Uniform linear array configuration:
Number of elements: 24
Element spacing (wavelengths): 0.5
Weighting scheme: uniform
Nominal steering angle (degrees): -45
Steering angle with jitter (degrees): -43.132
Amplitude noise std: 0.05
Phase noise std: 0.05

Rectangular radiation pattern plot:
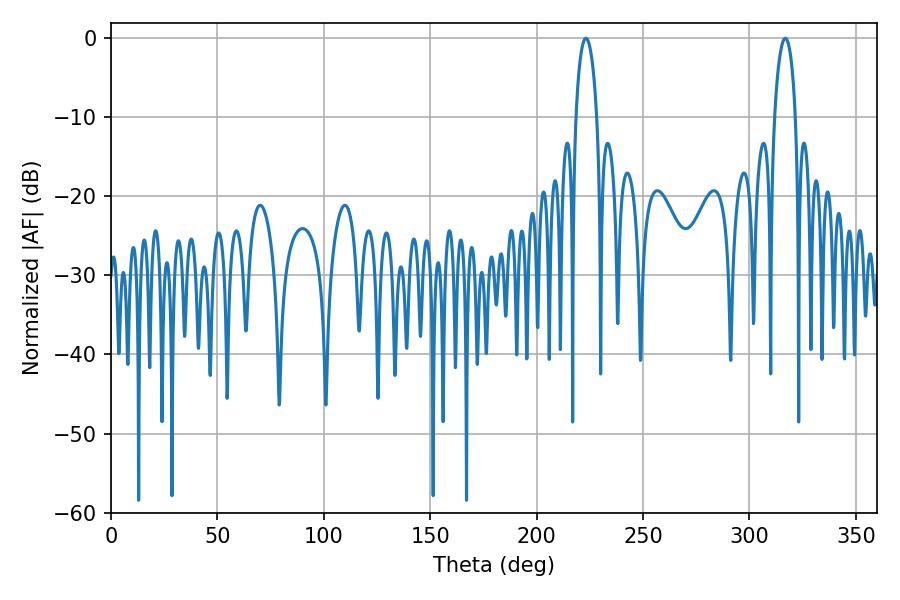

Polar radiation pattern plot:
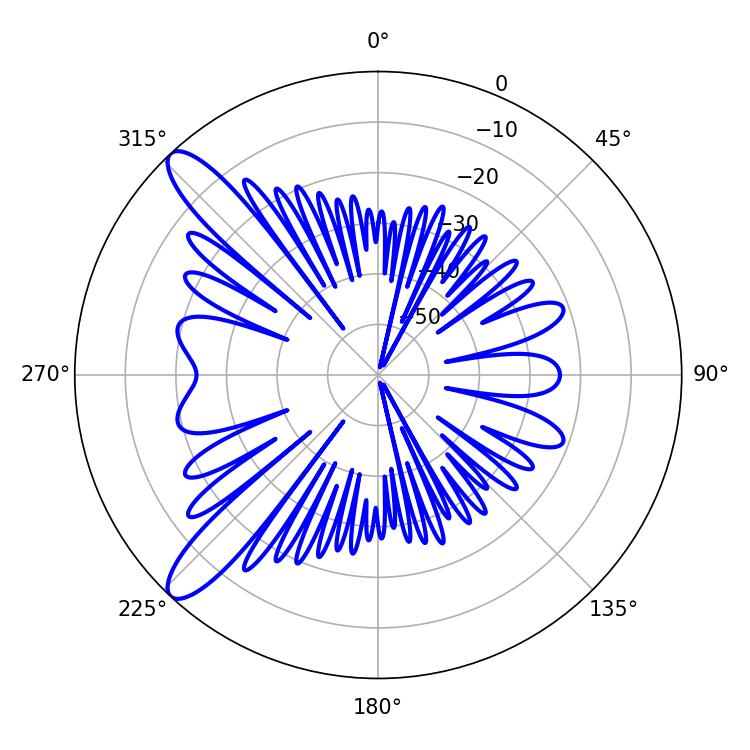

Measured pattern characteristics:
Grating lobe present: FALSE
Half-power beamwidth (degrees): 5.76
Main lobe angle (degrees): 223.2